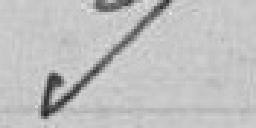
9